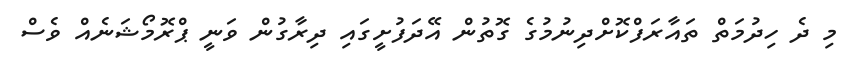
މި ދެ ހިދުމަތް ތައާރަފްކޮށްދިނުމުގެ ގޮތުން އޭދަފުށީގައި ދިރާގުން ވަނީ ޕްރޮމޯޝަނެއް ވެސް